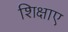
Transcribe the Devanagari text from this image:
शिक्षाए